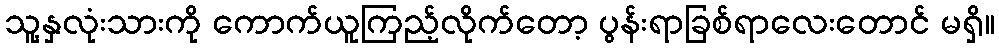
သူ့နှလုံးသားကို ကောက်ယူကြည့်လိုက်တော့ ပွန်းရာခြစ်ရာလေးတောင် မရှိ။